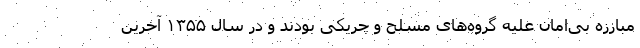
مبارزه بی‌امان علیه گروه‌های مسلح و چریکی بودند و در سال ۱۳۵۵ آخرین